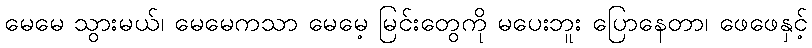
မေမေ သွားမယ်၊ မေမေကသာ မေမေ့ မြင်းတွေကို မပေးဘူး ပြောနေတာ၊ ဖေဖေနှင့်